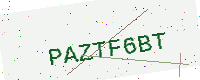
Text: PAZTF6BT